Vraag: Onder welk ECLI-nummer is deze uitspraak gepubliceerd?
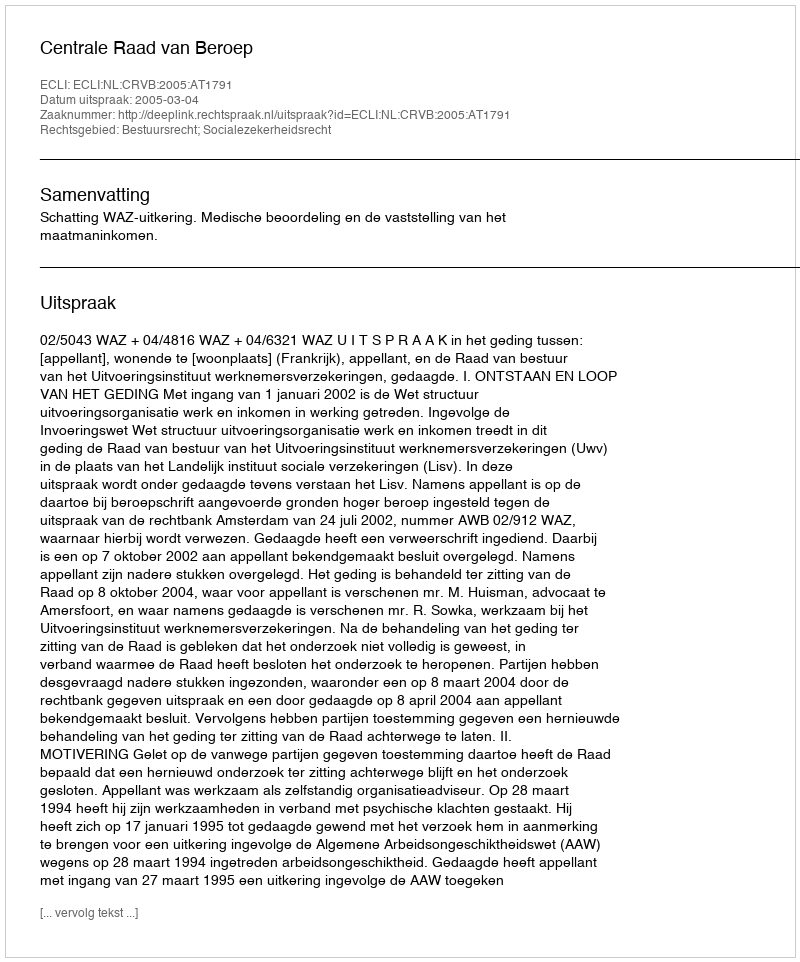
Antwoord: ECLI:NL:CRVB:2005:AT1791